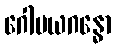
ဂေါမယဂန္ဓော